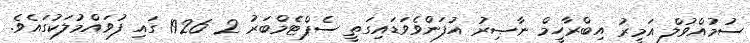
ސުމުއްވުލް އަމީރު އިބްރާހީމް ނާޞިރު އުފަންވެވަޑައިގަތީ ސެޕްޓެމްބަރު 2 1926 ގައި ފުވައްމުލަކުގައެވެ.